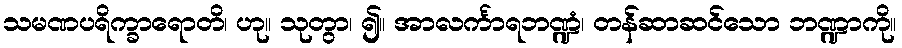
သမဏပရိက္ခာရောတိ၊ ဟု။ သုတွာ၊ ၍။ အာလင်္ကာရဘဏ္ဍံ၊ တန်ဆာဆင်သော ဘဏ္ဍာကို။